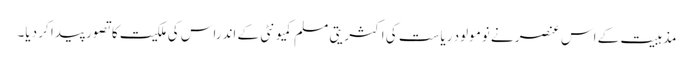
مذہبیت کے اس عنصر نے نومولود ریاست کی اکثریتی مسلم کمیونٹی کے اندراس کی ملکیت کا تصور پیدا کر دیا۔